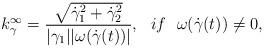
LaTeX: \begin{align*}k_{\gamma}^{\infty}=\frac{\sqrt{\dot{\gamma}_1^2+\dot{\gamma}_2^2}}{|\gamma_1||\omega(\dot{\gamma}(t))|},~~if ~~\omega(\dot{\gamma}(t))\neq 0,\end{align*}